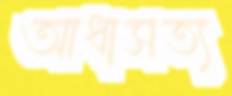
আধাসত্য